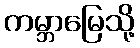
ကမ္ဘာမြေသို့